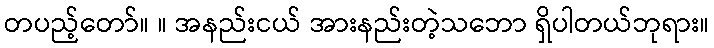
တပည့်တော်။ ။ အနည်းငယ် အားနည်းတဲ့သဘော ရှိပါတယ်ဘုရား။